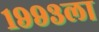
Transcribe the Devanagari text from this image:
१९९३ला